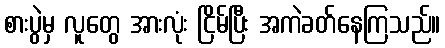
စားပွဲမှ လူတွေ အားလုံး ငြိမ်ပြီး အကဲခတ်နေကြသည်။